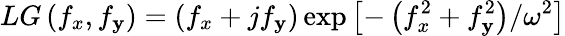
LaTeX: LG\left(f_{x},f_{\mathbf{y}}\right)=\left(f_{x}+jf_{\mathbf{y}}\right)\exp\left[-\left(f_{x}^{2}+f_{\mathbf{y}}^{2}\right)/\omega^{2}\right]